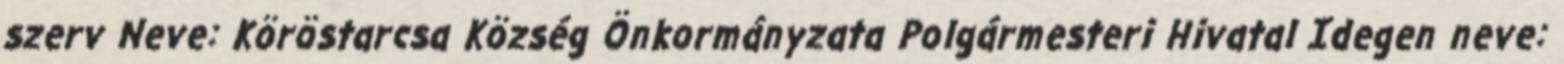
szerv Neve: Köröstarcsa Község Önkormányzata Polgármesteri Hivatal Idegen neve: